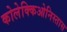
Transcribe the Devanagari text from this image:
कोलेक्किओनिस्तास